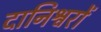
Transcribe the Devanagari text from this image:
दानिश्वरों